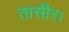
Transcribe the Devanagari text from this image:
तासीर।